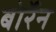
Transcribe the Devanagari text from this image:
बोर्रेन